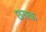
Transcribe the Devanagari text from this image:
छक्क